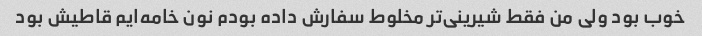
خوب بود ولی من فقط شیرینی‌تر مخلوط سفارش داده بودم نون خامه‌ایم قاطیش بود